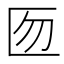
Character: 匢